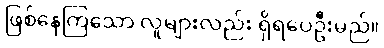
ဖြစ်နေကြသော လူများလည်း ရှိရပေဦးမည်။